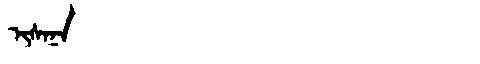
Manchu: ᡳᠰᠠᠨᠠ
Romanization: ISANA